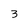
Character: 3